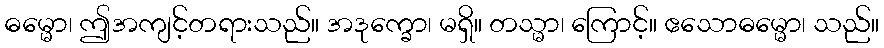
ဓမ္မော၊ ဤအကျင့်တရားသည်။ အဒုက္ခော၊ မရှိ။ တသ္မာ၊ ကြောင့်။ ဧသောဓမ္မော၊ သည်။